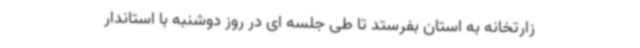
زارتخانه به استان بفرستد تا طی جلسه ای در روز دوشنبه با استاندار